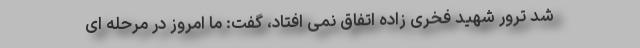
شد ترور شهید فخری زاده اتفاق نمی افتاد، گفت: ما امروز در مرحله ای